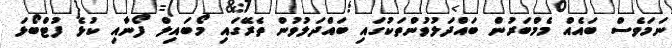
ނަމަވެސް ބައެއް މެމްބަރުން ބައްދަލުވުންތަކުގައި ބައްދަލުވުން ތެރޭގައި މޯބައިލް ފޯނާއި ކުޅެ ފުޓްބޯޅަ